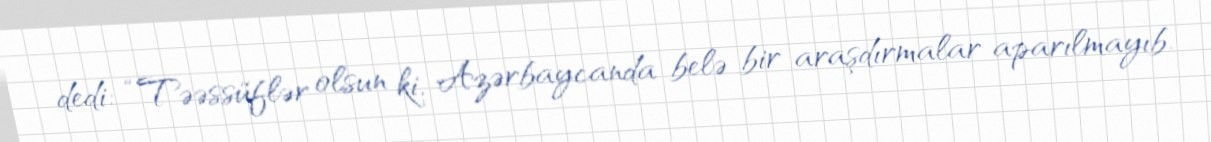
dedi: “Təəssüflər olsun ki, Azərbaycanda belə bir araşdırmalar aparılmayıb.